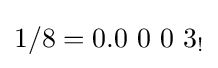
1/8=0.0\ 0\ 0\ 3_{!}